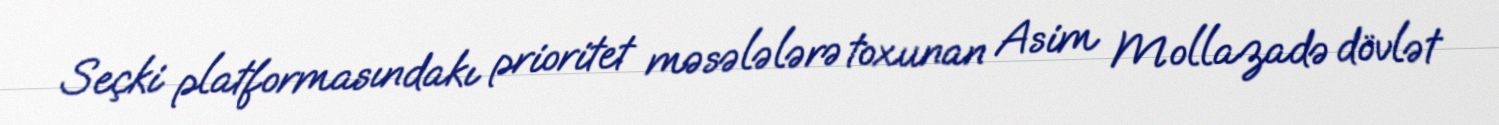
Seçki platformasındakı prioritet məsələlərə toxunan Asim Mollazadə dövlət